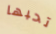
تحبها